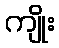
ကျိုး